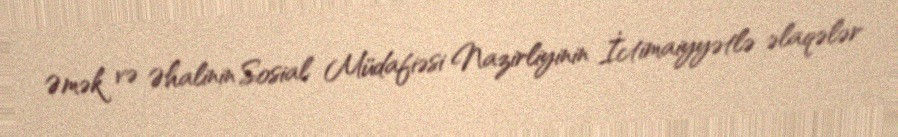
Əmək və Əhalinin Sosial Müdafiəsi Nazirliyinin İctimaiyyətlə əlaqələr